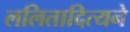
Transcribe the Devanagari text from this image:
ललितादित्यने